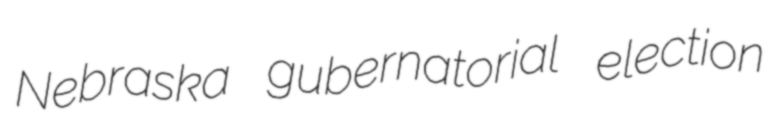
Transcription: Nebraska gubernatorial election